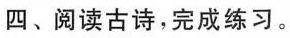
四、阅读古诗，完成练习。